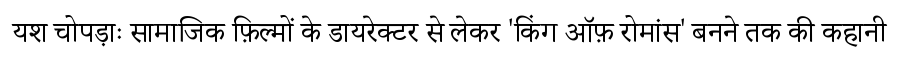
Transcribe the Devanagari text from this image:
यश चोपड़ाः सामाजिक फ़िल्मों के डायरेक्टर से लेकर 'किंग ऑफ़ रोमांस' बनने तक की कहानी